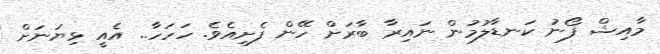
މާއިޝް ފޯނު ކަނޑާލުމުން ނައިރާ ބާރަށް ހޭން ފެށިއެވެ. ހަހަހާ.. އެއީ ޅިޔަނަށް